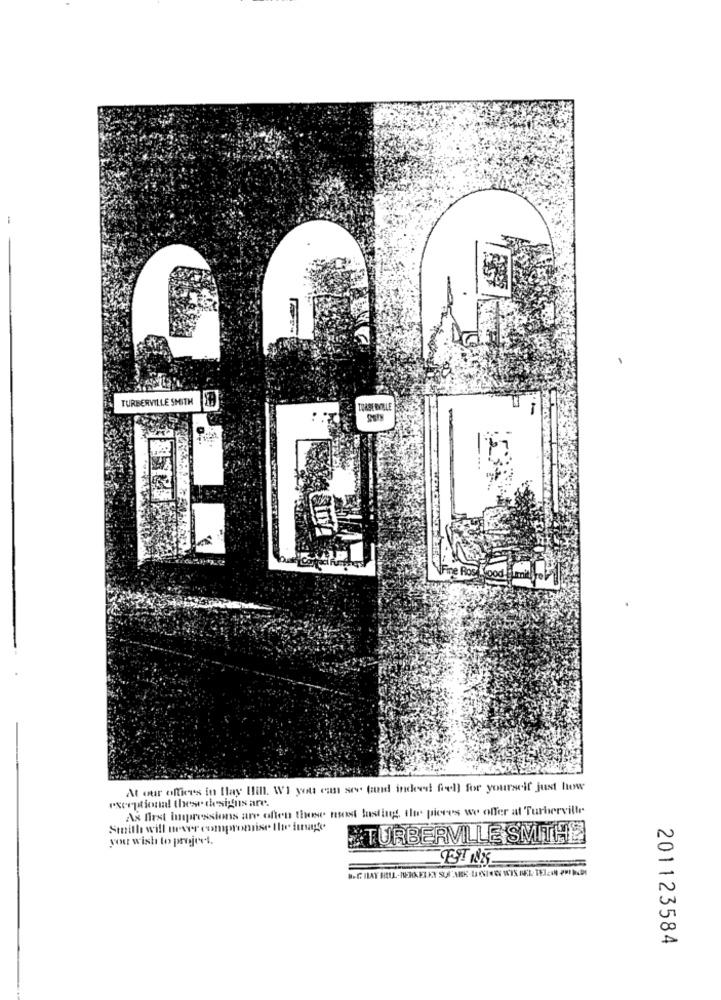
G
TURBERVILLE SMITH
Fire Roc Kood mil.
At our offices in Hay Hin. WI you can see (and indeed feel] for yourself just how
exceptional these designs are.
Ax first Impressions are often those nost tasting, the pieces we offer at Turberville
Smith will never compromise the fungte
you wish to project.
TURBERVILLE SMITH.
TEST NAK
201123584